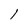
Character: 1